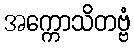
အက္ကောသိတဗ္ဗံ